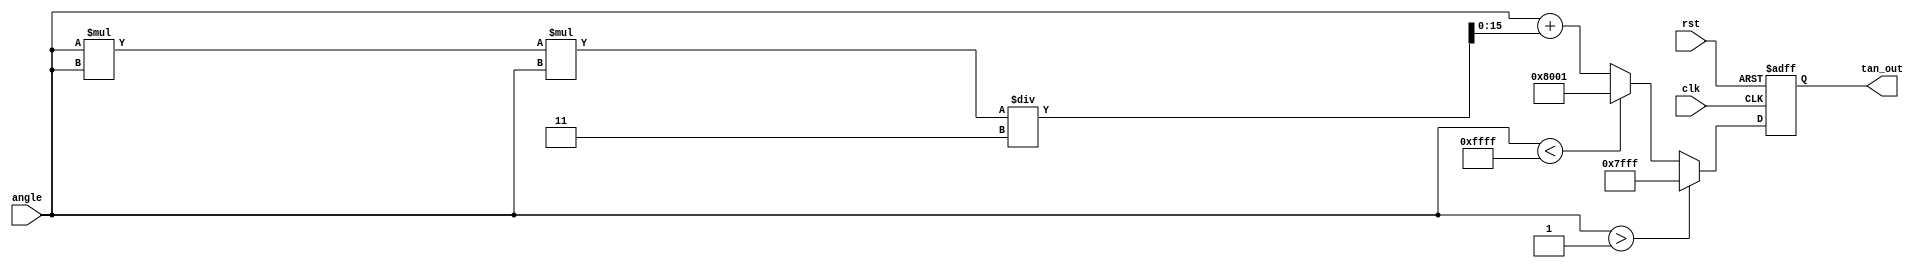
module tan_arithmetic_block (
    input wire [15:0] angle,  // Input angle in radians (16-bit fixed-point)
    output reg [15:0] tan_out, // Output tangent value (16-bit fixed-point)
    input wire clk,
    input wire rst
);

    // Constants for fixed-point representation
    parameter FIXED_POINT_FRACTIONAL_BITS = 15; // 1 sign bit + 15 fractional bits
    parameter PI_OVER_2 = 16'h0001; // Approximation of /2 in fixed-point
    parameter MAX_TAN_VALUE = 16'h7FFF; // Maximum value for tangent output

    // Taylor series coefficients for tan(x) around 0
    reg [31:0] x_squared;
    reg [31:0] tan_value;

    always @(posedge clk or posedge rst) begin
        if (rst) begin
            tan_out <= 16'h0000; // Reset output
        end else begin
            // Normalize input angle to the range [-/2, /2]
            if (angle > PI_OVER_2) begin
                tan_out <= MAX_TAN_VALUE; // Saturate output for angles > /2
            end else if (angle < -PI_OVER_2) begin
                tan_out <= -MAX_TAN_VALUE; // Saturate output for angles < -/2
            end else begin
                // Compute x^2
                x_squared = angle * angle;

                // Taylor series expansion for tan(x) = x + x^3/3 + x^5/5 + ...
                // Here we limit to a few terms for simplicity
                tan_value = angle + (x_squared * angle) / 3; // x + x^3/3

                // Convert to 16-bit fixed-point
                tan_out <= tan_value[15:0]; // Take the lower 16 bits
            end
        end
    end

endmodule